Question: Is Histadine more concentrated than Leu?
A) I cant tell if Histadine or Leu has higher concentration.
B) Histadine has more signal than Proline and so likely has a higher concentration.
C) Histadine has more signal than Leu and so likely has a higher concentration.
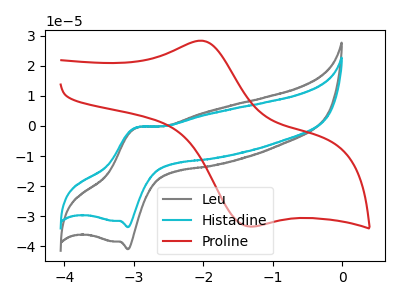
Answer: <think>The gray curve "Leu" has an anodic peak at (-2.95V, -0.65uA) and a cathodic peak at (-3.10V, -40.90uA). The cyan curve "Histadine" has an anodic peak at (-2.95V, -0.55uA) and a cathodic peak at (-3.10V, -33.60uA). The red curve "Proline" has an anodic peak at (-2.05V, 28.35uA) and a cathodic peak at (-1.35V, -33.35uA).
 All the peaks in "Histadine" have a peak in "Leu" at the same potential.</think>
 <answer>A) I cant tell if "Histadine" or "Leu" has higher concentration.</answer>
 <eval>A</eval>